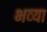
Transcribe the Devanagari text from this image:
भव्‍या